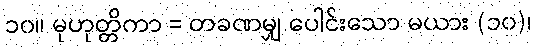
၁၀။ မုဟုတ္တိကာ = တခဏမျှ ပေါင်းသော မယား (၁၀)၊